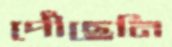
পৌঁছেনি